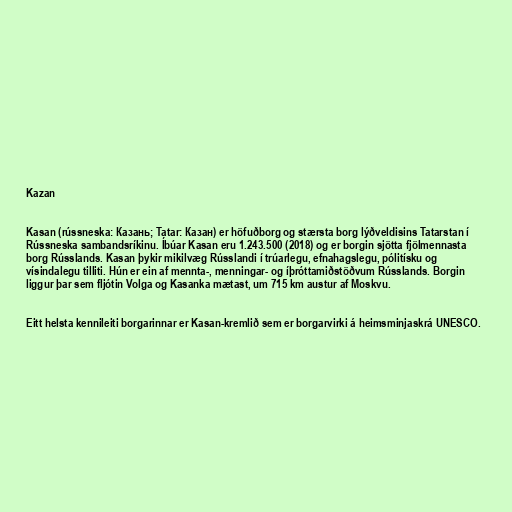
Kazan

Kasan (rússneska: Казань; Tatar: Казан) er höfuðborg og stærsta borg lýðveldisins Tatarstan í
Rússneska sambandsríkinu. Íbúar Kasan eru 1.243.500 (2018) og er borgin sjötta fjölmennasta
borg Rússlands. Kasan þykir mikilvæg Rússlandi í trúarlegu, efnahagslegu, pólitísku og
vísindalegu tilliti. Hún er ein af mennta-, menningar- og íþróttamiðstöðvum Rússlands. Borgin
liggur þar sem fljótin Volga og Kasanka mætast, um 715 km austur af Moskvu.

Eitt helsta kennileiti borgarinnar er Kasan-kremlið sem er borgarvirki á heimsminjaskrá UNESCO.